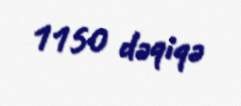
1150 dəqiqə